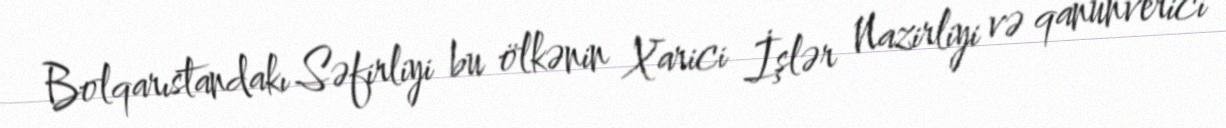
Bolqarıstandakı Səfirliyi bu ölkənin Xarici İşlər Nazirliyi və qanunverici